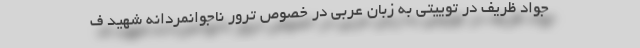
جواد ظریف در توییتی به زبان عربی در خصوص ترور ناجوانمردانه شهید ف